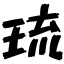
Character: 琉